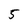
Character: 5